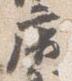
広